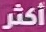
أكثر